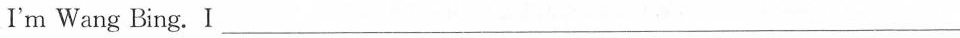
I'm Wang Bing. I___